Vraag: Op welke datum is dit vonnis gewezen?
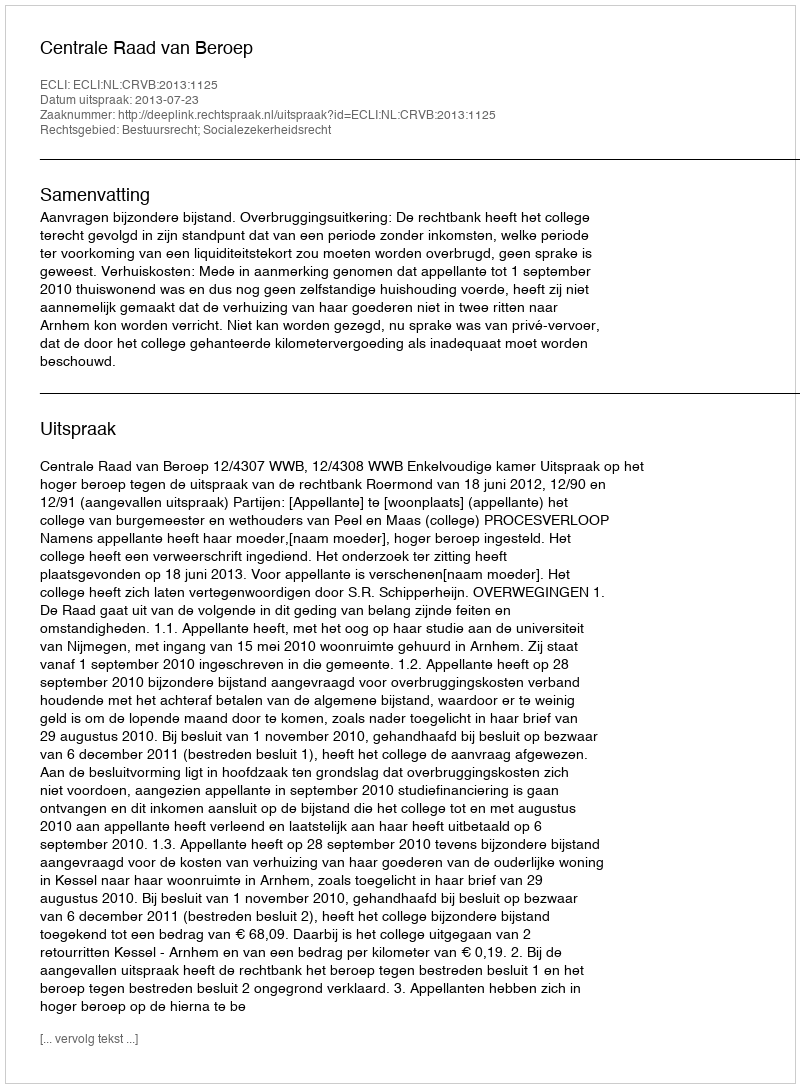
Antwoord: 2013-07-23